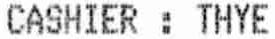
CASHIER: THYE